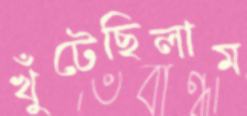
খুঁটেছিলাম